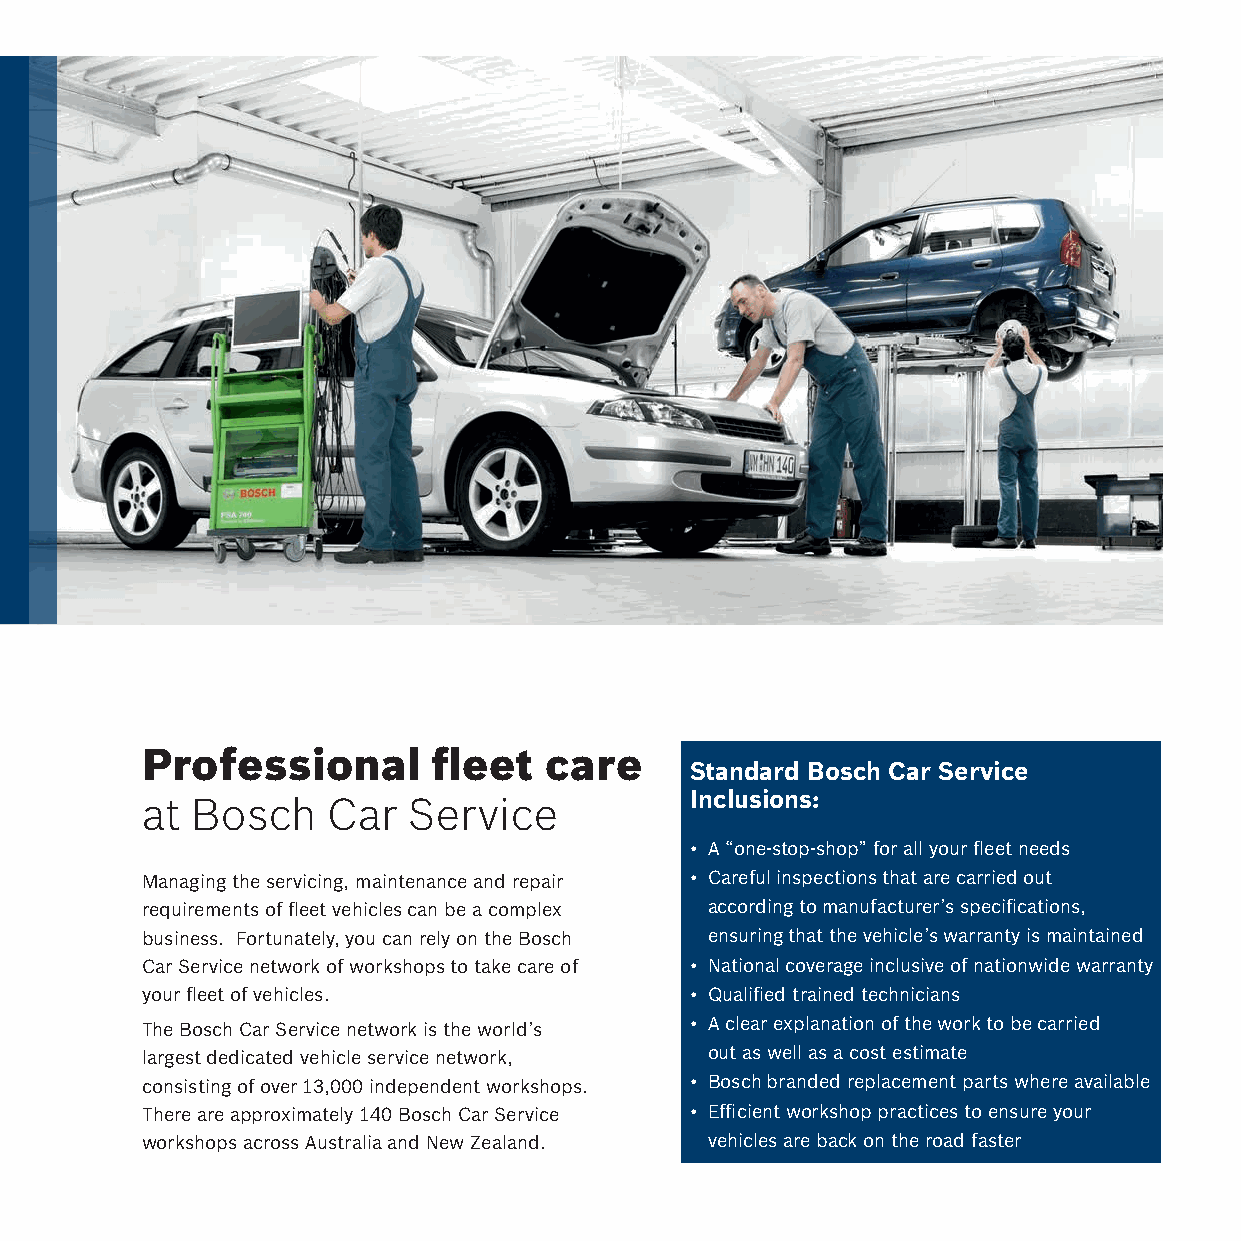
Professional        fleet  care
 Standard Bosch Car Service
 at  Bosch    Car  Service            Inclusions:
 • A “one-stop-shop” for all your fleet needs
 Managing the servicing, maintenance and repair • Careful inspections that are carried out
 requirements of fleet vehicles can be a complex according to manufacturer’s specifications,
 business. Fortunately, you can rely on the Bosch ensuring that the vehicle’s warranty is maintained
 Car Service network of workshops to take care of • National coverage inclusive of nationwide warranty
 y our fleet of vehicles.             • Qualified trained technicians
 The Bosch Car Service network is the world’s • A clear explanation of the work to be carried
 largest dedicated vehicle service network, out as well as a cost estimate
 consisting of over 13,000 independent workshops. • Bosch branded replacement parts where available
 There are approximately 140 Bosch Car Service • Efficient workshop practices to ensure your
 workshops across Australia and New Zealand. vehicles are back on the road faster